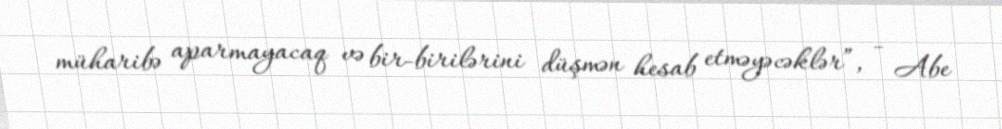
müharibə aparmayacaq və bir-birilərini düşmən hesab etməyəcəklər”, - Abe